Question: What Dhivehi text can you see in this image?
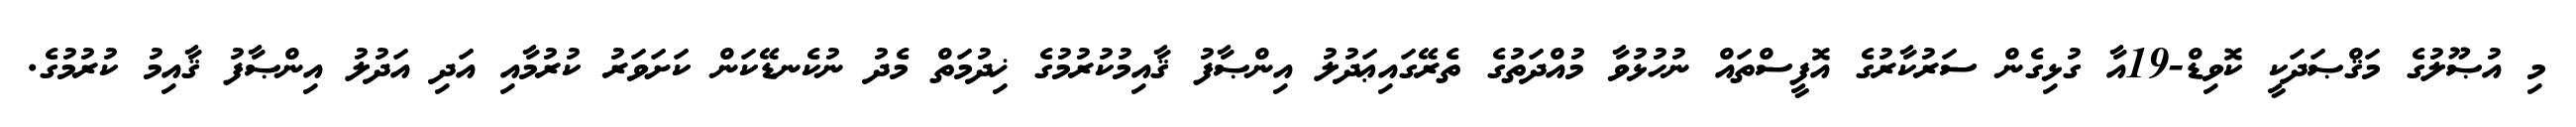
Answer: މި އުޞޫލުގެ މަޤްޞަދަކީ ކޮވިޑް-19އާ ގުޅިގެން ސަރުކާރުގެ އޮފީސްތައް ނުހުޅުވާ މުއްދަތުގެ ތެރޭގައިޢަދުލު އިންޞާފު ޤާއިމުކުރުމުގެ ޚިދުމަތް މެދު ނުކެނޑޭކަން ކަށަވަރު ކުރުމާއި އަދި އަދުލު އިންޞާފު ޤާއިމު ކުރުމުގެ.